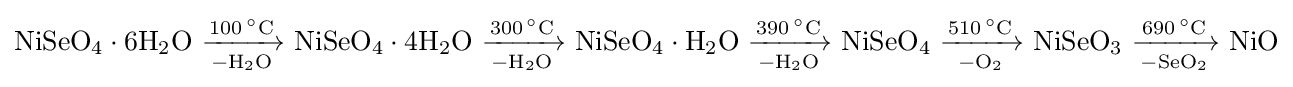
\mathrm {NiSeO_{4}\cdot 6H_{2}O\ {\xrightarrow[{-H_{2}O}]{100\,^{\circ }C}}\ NiSeO_{4}\cdot 4H_{2}O\ {\xrightarrow[{-H_{2}O}]{300\,^{\circ }C}}\ NiSeO_{4}\cdot H_{2}O\ {\xrightarrow[{-H_{2}O}]{390\,^{\circ }C}}\ NiSeO_{4}\ {\xrightarrow[{-O_{2}}]{510\,^{\circ }C}}\ NiSeO_{3}\ {\xrightarrow[{-SeO_{2}}]{690\,^{\circ }C}}\ NiO}